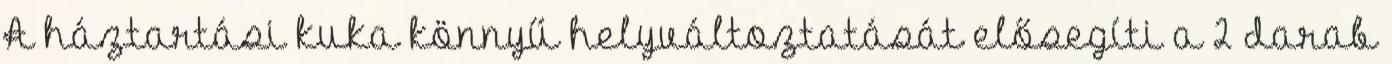
A háztartási kuka könnyű helyváltoztatását elősegíti a 2 darab